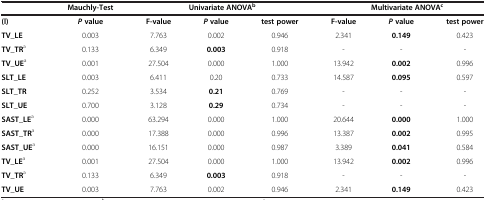
<table><thead><tr><td><b> </b></td><td><b>Mauchly-Test</b></td><td colspan="3"><b>Univariate ANOVA<sup>b</sup></b></td><td colspan="3"><b>Multivariate ANOVA<sup>c</sup></b></td></tr></thead><tbody><tr><td><b>(l)</b></td><td><b><i>P </i></b><b>value</b></td><td><b>F-value</b></td><td><b><i>P </i></b><b>value</b></td><td><b>test power</b></td><td><b>F-value</b></td><td><b><i>P </i></b><b>value</b></td><td><b>test power</b></td></tr><tr><td><b>TV_LE</b></td><td>0.003</td><td>7.763</td><td>0.002</td><td>0.946</td><td>2.341</td><td><b>0.149</b></td><td>0.423</td></tr><tr><td><b>TV_TR</b><sup>a</sup></td><td>0.133</td><td>6.349</td><td><b>0.003</b></td><td>0.918</td><td>-</td><td>-</td><td>-</td></tr><tr><td><b>TV_UE</b><sup>a</sup></td><td>0.001</td><td>27.504</td><td>0.000</td><td>1.000</td><td>13.942</td><td><b>0.002</b></td><td>0.996</td></tr><tr><td><b>SLT_LE</b></td><td>0.003</td><td>6.411</td><td>0.20</td><td>0.733</td><td>14.587</td><td><b>0.095</b></td><td>0.597</td></tr><tr><td><b>SLT_TR</b></td><td>0.252</td><td>3.534</td><td><b>0.21</b></td><td>0.769</td><td>-</td><td>-</td><td>-</td></tr><tr><td><b>SLT_UE</b></td><td>0.700</td><td>3.128</td><td><b>0.29</b></td><td>0.734</td><td>-</td><td>-</td><td>-</td></tr><tr><td><b>SAST_LE</b><sup>a</sup></td><td>0.000</td><td>63.294</td><td>0.000</td><td>1.000</td><td>20.644</td><td><b>0.000</b></td><td>1.000</td></tr><tr><td><b>SAST_TR</b><sup>a</sup></td><td>0.000</td><td>17.388</td><td>0.000</td><td>0.996</td><td>13.387</td><td><b>0.002</b></td><td>0.995</td></tr><tr><td><b>SAST_UE</b><sup>a</sup></td><td>0.000</td><td>16.151</td><td>0.000</td><td>0.987</td><td>3.389</td><td><b>0.041</b></td><td>0.584</td></tr><tr><td><b>TV_LE</b><sup>a</sup></td><td>0.001</td><td>27.504</td><td>0.000</td><td>1.000</td><td>13.942</td><td><b>0.002</b></td><td>0.996</td></tr><tr><td><b>TV_TR</b><sup>a</sup></td><td>0.133</td><td>6.349</td><td><b>0.003</b></td><td>0.918</td><td>-</td><td>-</td><td>-</td></tr><tr><td><b>TV_UE</b></td><td>0.003</td><td>7.763</td><td>0.002</td><td>0.946</td><td>2.341</td><td><b>0.149</b></td><td>0.423</td></tr></tbody></table>